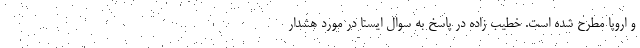
و اروپا مطرح شده است. خطیب زاده در پاسخ به سوال ایسنا در مورد هشدار